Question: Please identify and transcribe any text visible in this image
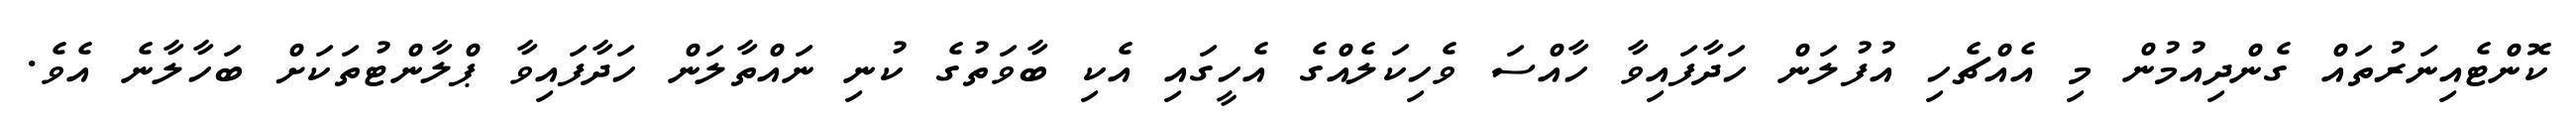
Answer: ކޮންޓެއިނަރުތައް ގެންދިއުމުން މި އެއްޗެހި އުފުލަން ހަދާފައިވާ ހާއްސަ ވެހިކަލެއްގެ އެހީގައި އެކި ބާވަތުގެ ކުނި ނައްތާލަން ހަދާފައިވާ ޕްލާންޓުތަކަށް ބަހާލާނެ އެވެ.